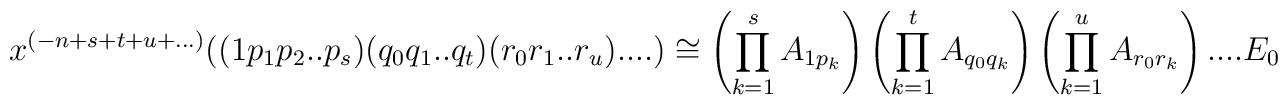
x^{(-n+s+t+u+...)}((1p_1p_2..p_s)(q_0q_1..q_t)(r_0r_1..r_u)....) \cong  \left( \prod_{k=1}^s A_{1p_k} \right) \left( \prod_{k=1}^t A_{q_0q_k} \right)\left( \prod_{k=1}^u A_{r_0r_k} \right) .... E_0